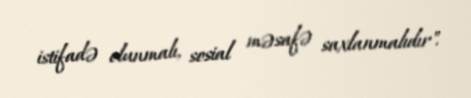
istifadə olunmalı, sosial məsafə saxlanmalıdır".